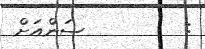
:         ސަންއަށް